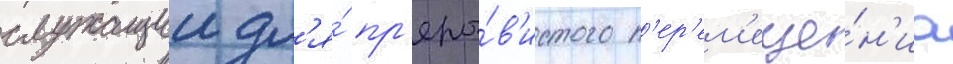
служащии дл'я́ пр'еры́в'истого п'ер'ем'еще́н'иа